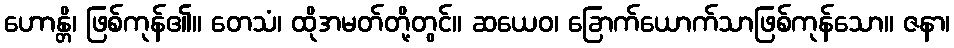
ဟောန္တိ၊ ဖြစ်ကုန်၏။ တေသံ၊ ထိုအမတ်တို့တွင်။ ဆယေဝ၊ ခြောက်ယောက်သာဖြစ်ကုန်သော။ ဇနာ၊